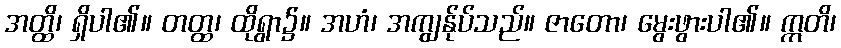
အတ္ထိ၊ ရှိပါ၏။ တတ္ထ၊ ထိုရွာ၌။ အဟံ၊ အကျွန်ုပ်သည်။ ဇာတော၊ မွေးဖွားပါ၏။ ဣတိ၊